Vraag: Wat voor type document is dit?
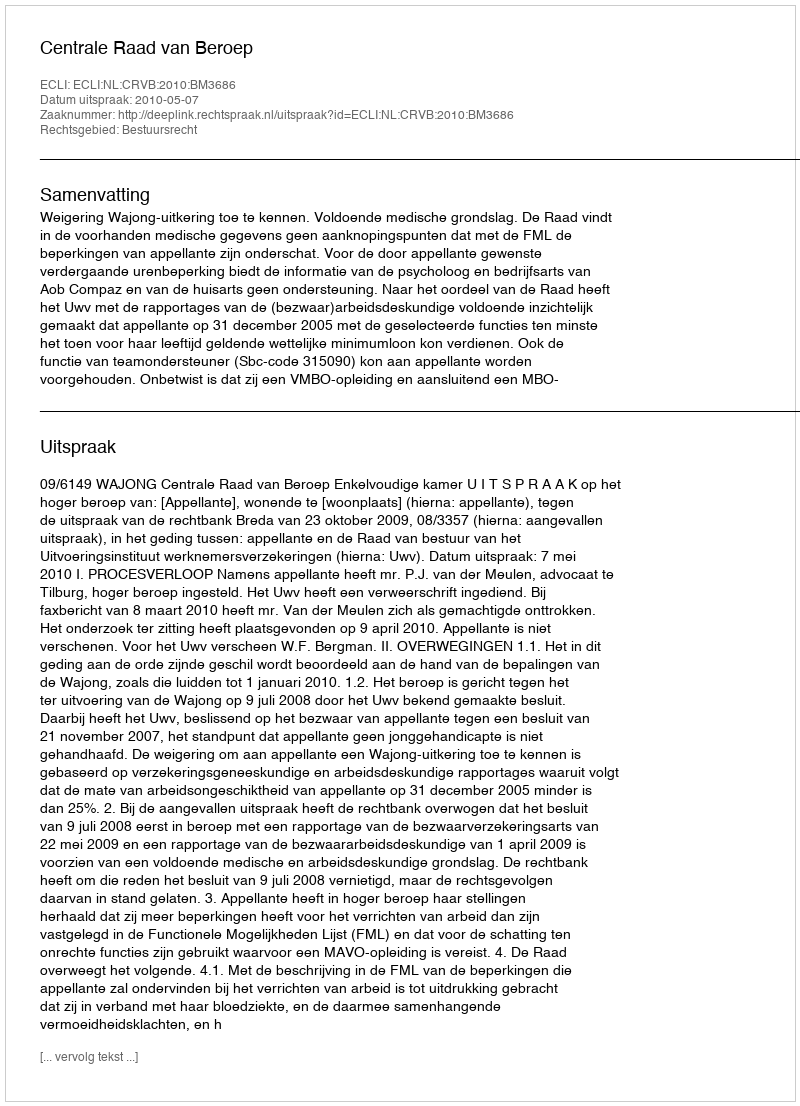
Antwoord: Uitspraak